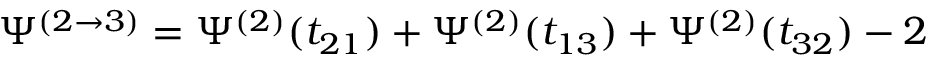
\Psi ^ { ( 2 \rightarrow 3 ) } = \Psi ^ { ( 2 ) } ( t _ { 2 1 } ) + \Psi ^ { ( 2 ) } ( t _ { 1 3 } ) + \Psi ^ { ( 2 ) } ( t _ { 3 2 } ) - 2